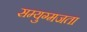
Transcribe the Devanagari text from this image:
सम्युग्मजता